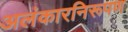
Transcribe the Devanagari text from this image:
अलंकारनिरूपण